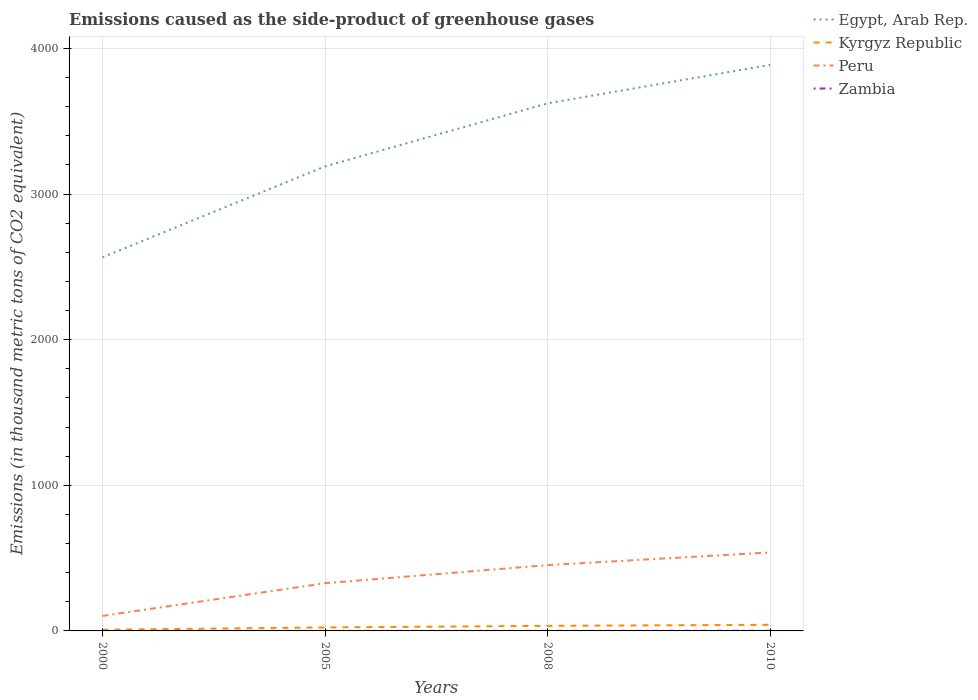
| Years | Egypt, Arab Rep. | Kyrgyz Republic | Peru | Zambia |
 | --- | --- | --- | --- | --- |
 | 2000 | 2.57e+03 | 7.9 | 103 | 0.1 |
 | 2005 | 3.19e+03 | 24 | 328 | 0.4 |
 | 2008 | 3.62e+03 | 34.8 | 452 | 0.5 |
 | 2010 | 3.89e+03 | 42 | 539 | 1 |